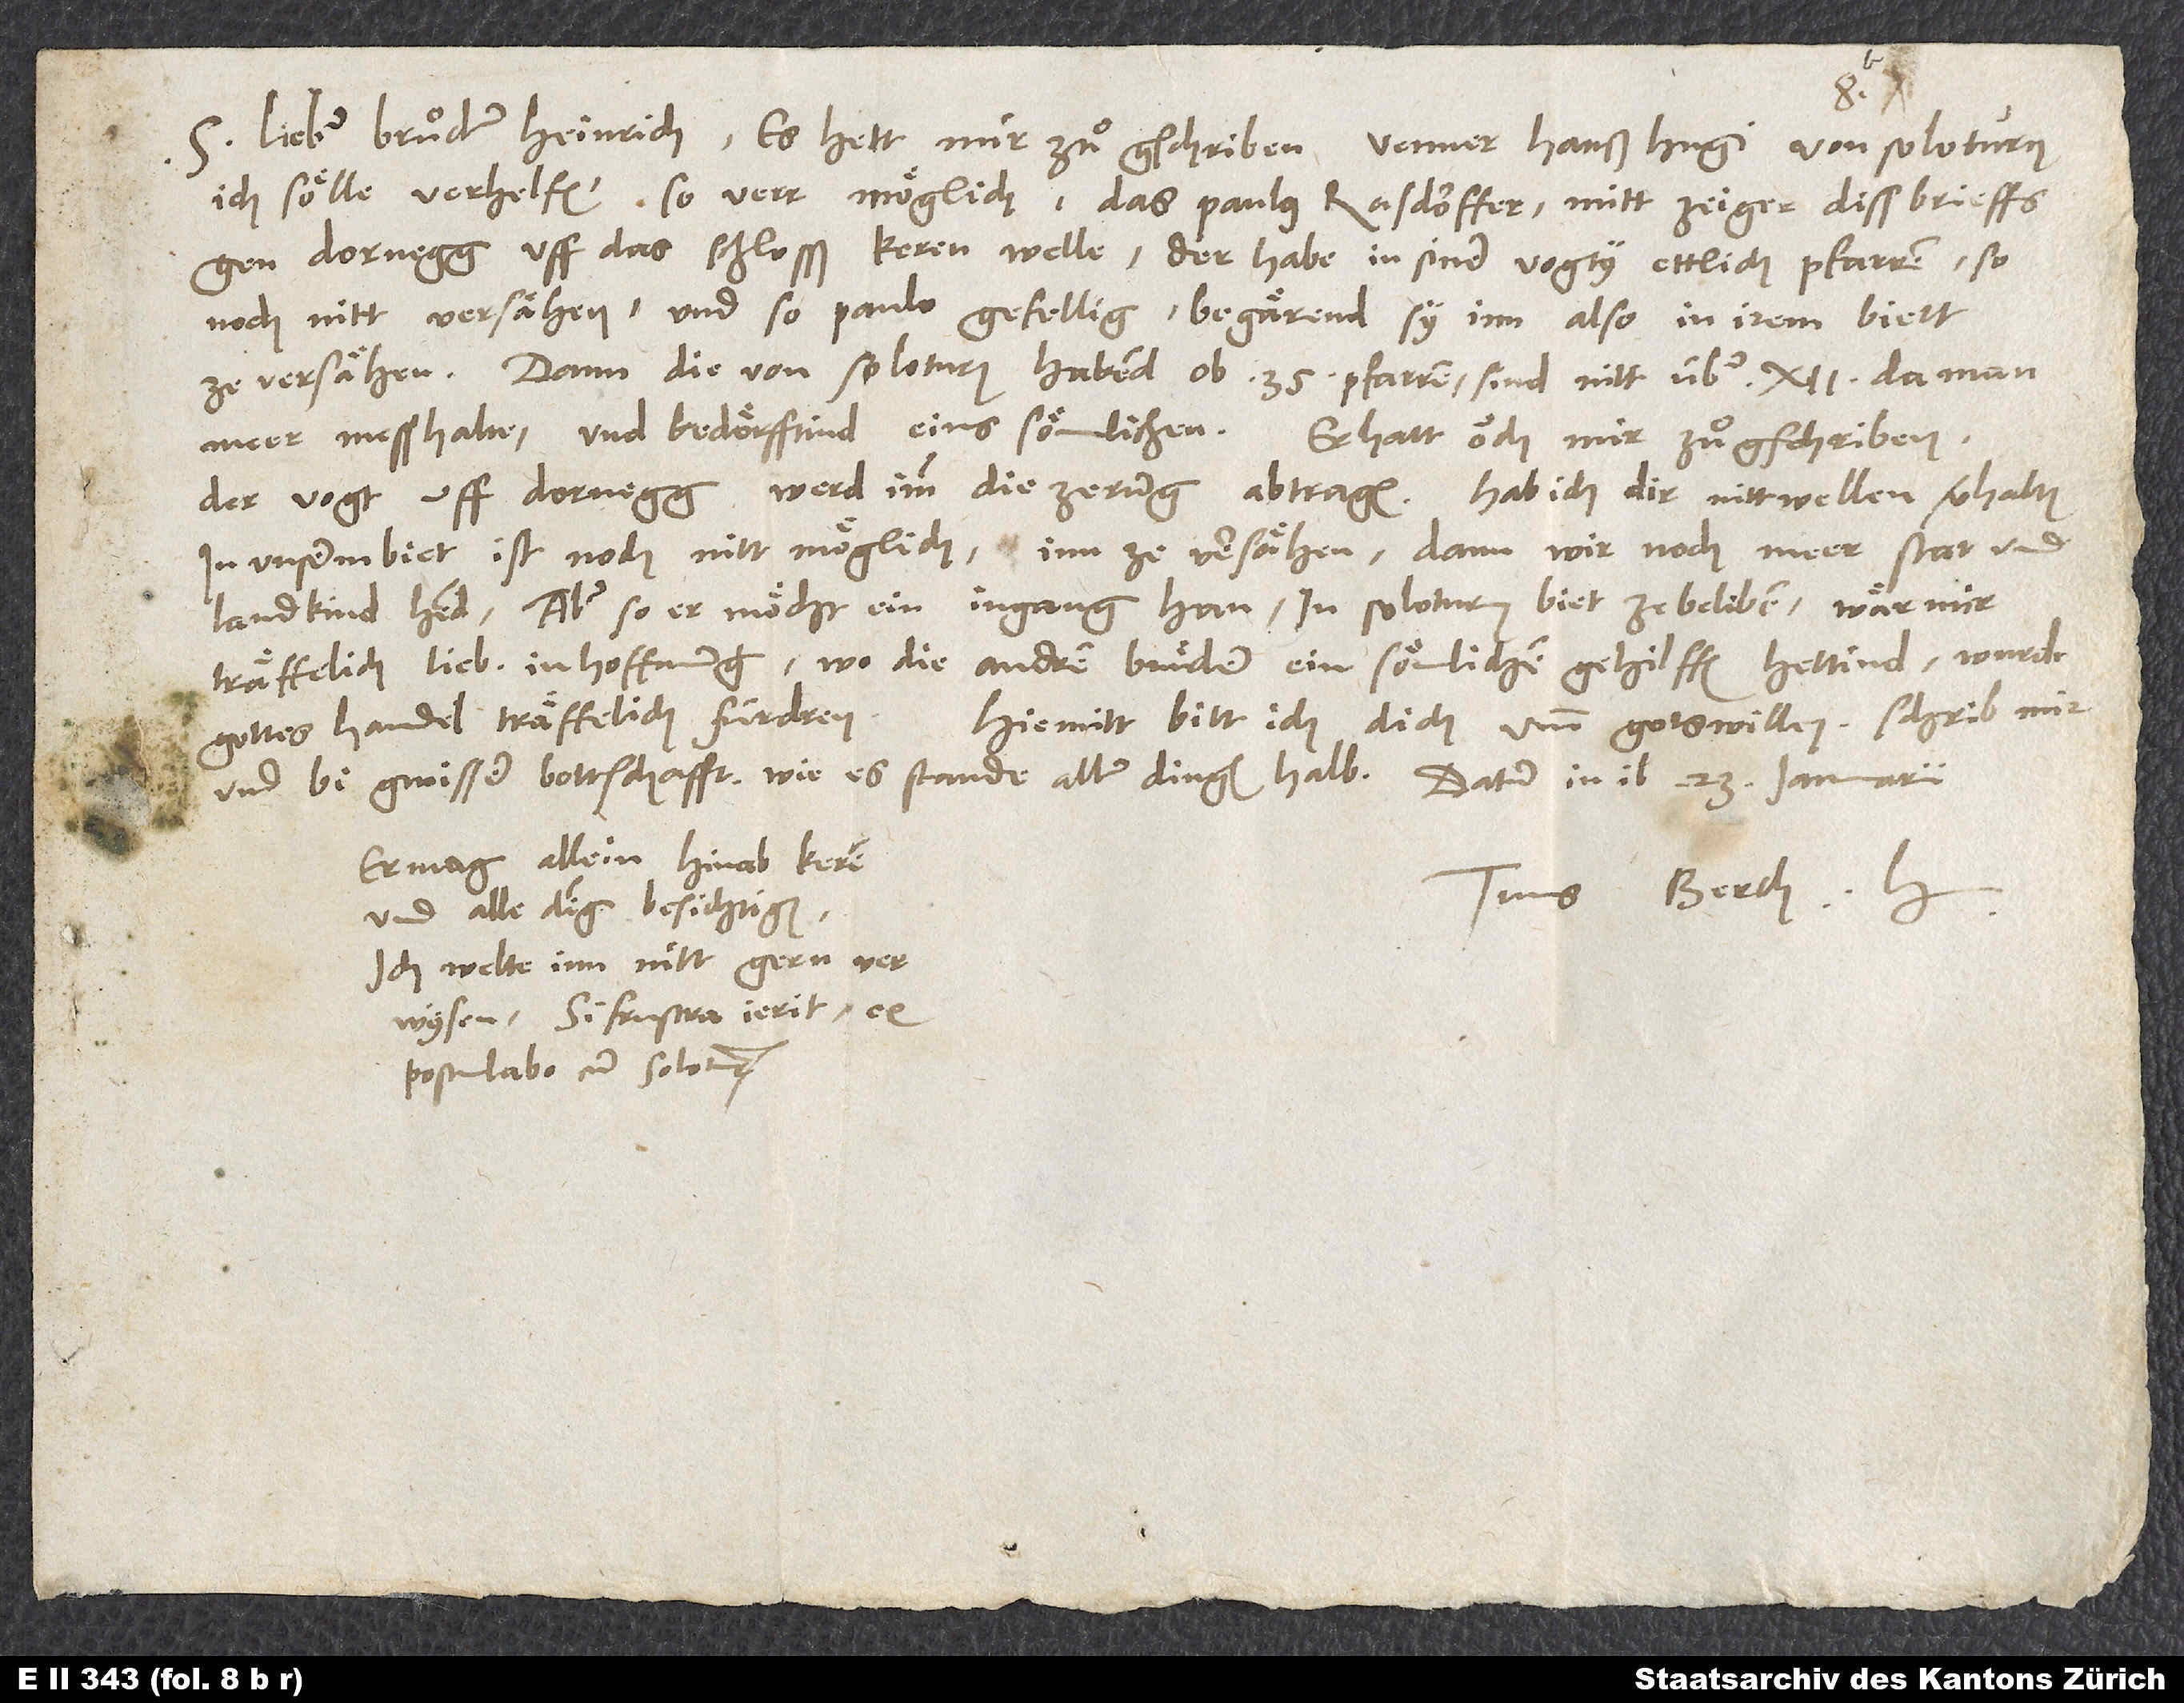
S. Lieber bruͦder Heinrich. Es hett mir zuͦgschriben venner Hanß Hugi von Soloturn
ich sölle verhelfen, so verr möglich, das Paulus Rasdorffer mitt Zeiger diss brieffs
gen Dornegg uff das schlosß keren welle; der habe in siner vogty ettlich pfarren, so
noch nitt versähen, und so Paulo gefellig, begärend sy inn also in irem biett
ze versähen. Dann die von Soloturn habend ob 35 pfarren, sind nitt über 12, da man
meer mess halte, und bedörfftind eins sömlichen.
Er hatt ouch mir zuͦgschriben,
der vogt uff Dornegg werd imm die zerung abtragen. Hab ich dir nitt wellen verhalten.
In unserm biet ist noch nitt möglich, inn ze versähen, dann wir noch meer stat und
land kind hend, aber so er möcht ein ingang han, in Soloturner biet ze beliben, wär mir
träffelich lieb, in hoffnung, wo die andren bruͤder ein sömlichen gehilfen hettind, wurde
Hiemitt bitt ich dich umm gots willen, schrib mir,
gottes handel träffelich fürdren.
Er mag allein hinab keren
Tuus Berch. H.
und alle ding besichtigen.
Ich welte inn nitt gern
verwysen. Si frustra ierit,
expostulabo cum Solotur.